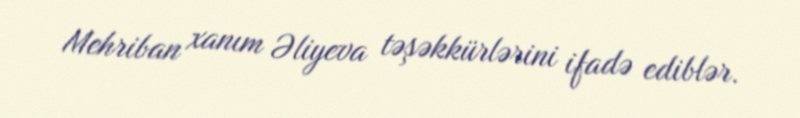
Mehriban xanım Əliyeva təşəkkürlərini ifadə ediblər.